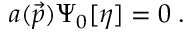
a ( \vec { p } ) \Psi _ { 0 } [ \eta ] = 0 \; .